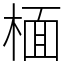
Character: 㮌